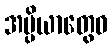
အပ္ပိယာတွေဝ